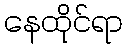
နေထိုင်ရာ